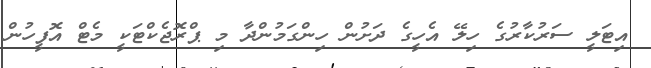
އިޓަލީ ސަރުކާރުގެ ހިލޭ އެހީގެ ދަށުން ހިންގަމުންދާ މި ޕްރޮޖެކްޓަކީ މެޓް އޮފީހުން